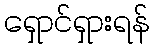
ရှောင်ရှားရန်